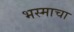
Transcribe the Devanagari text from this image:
भस्माचा